Vabadussoja_Ajaloo_Komitee, lk 14
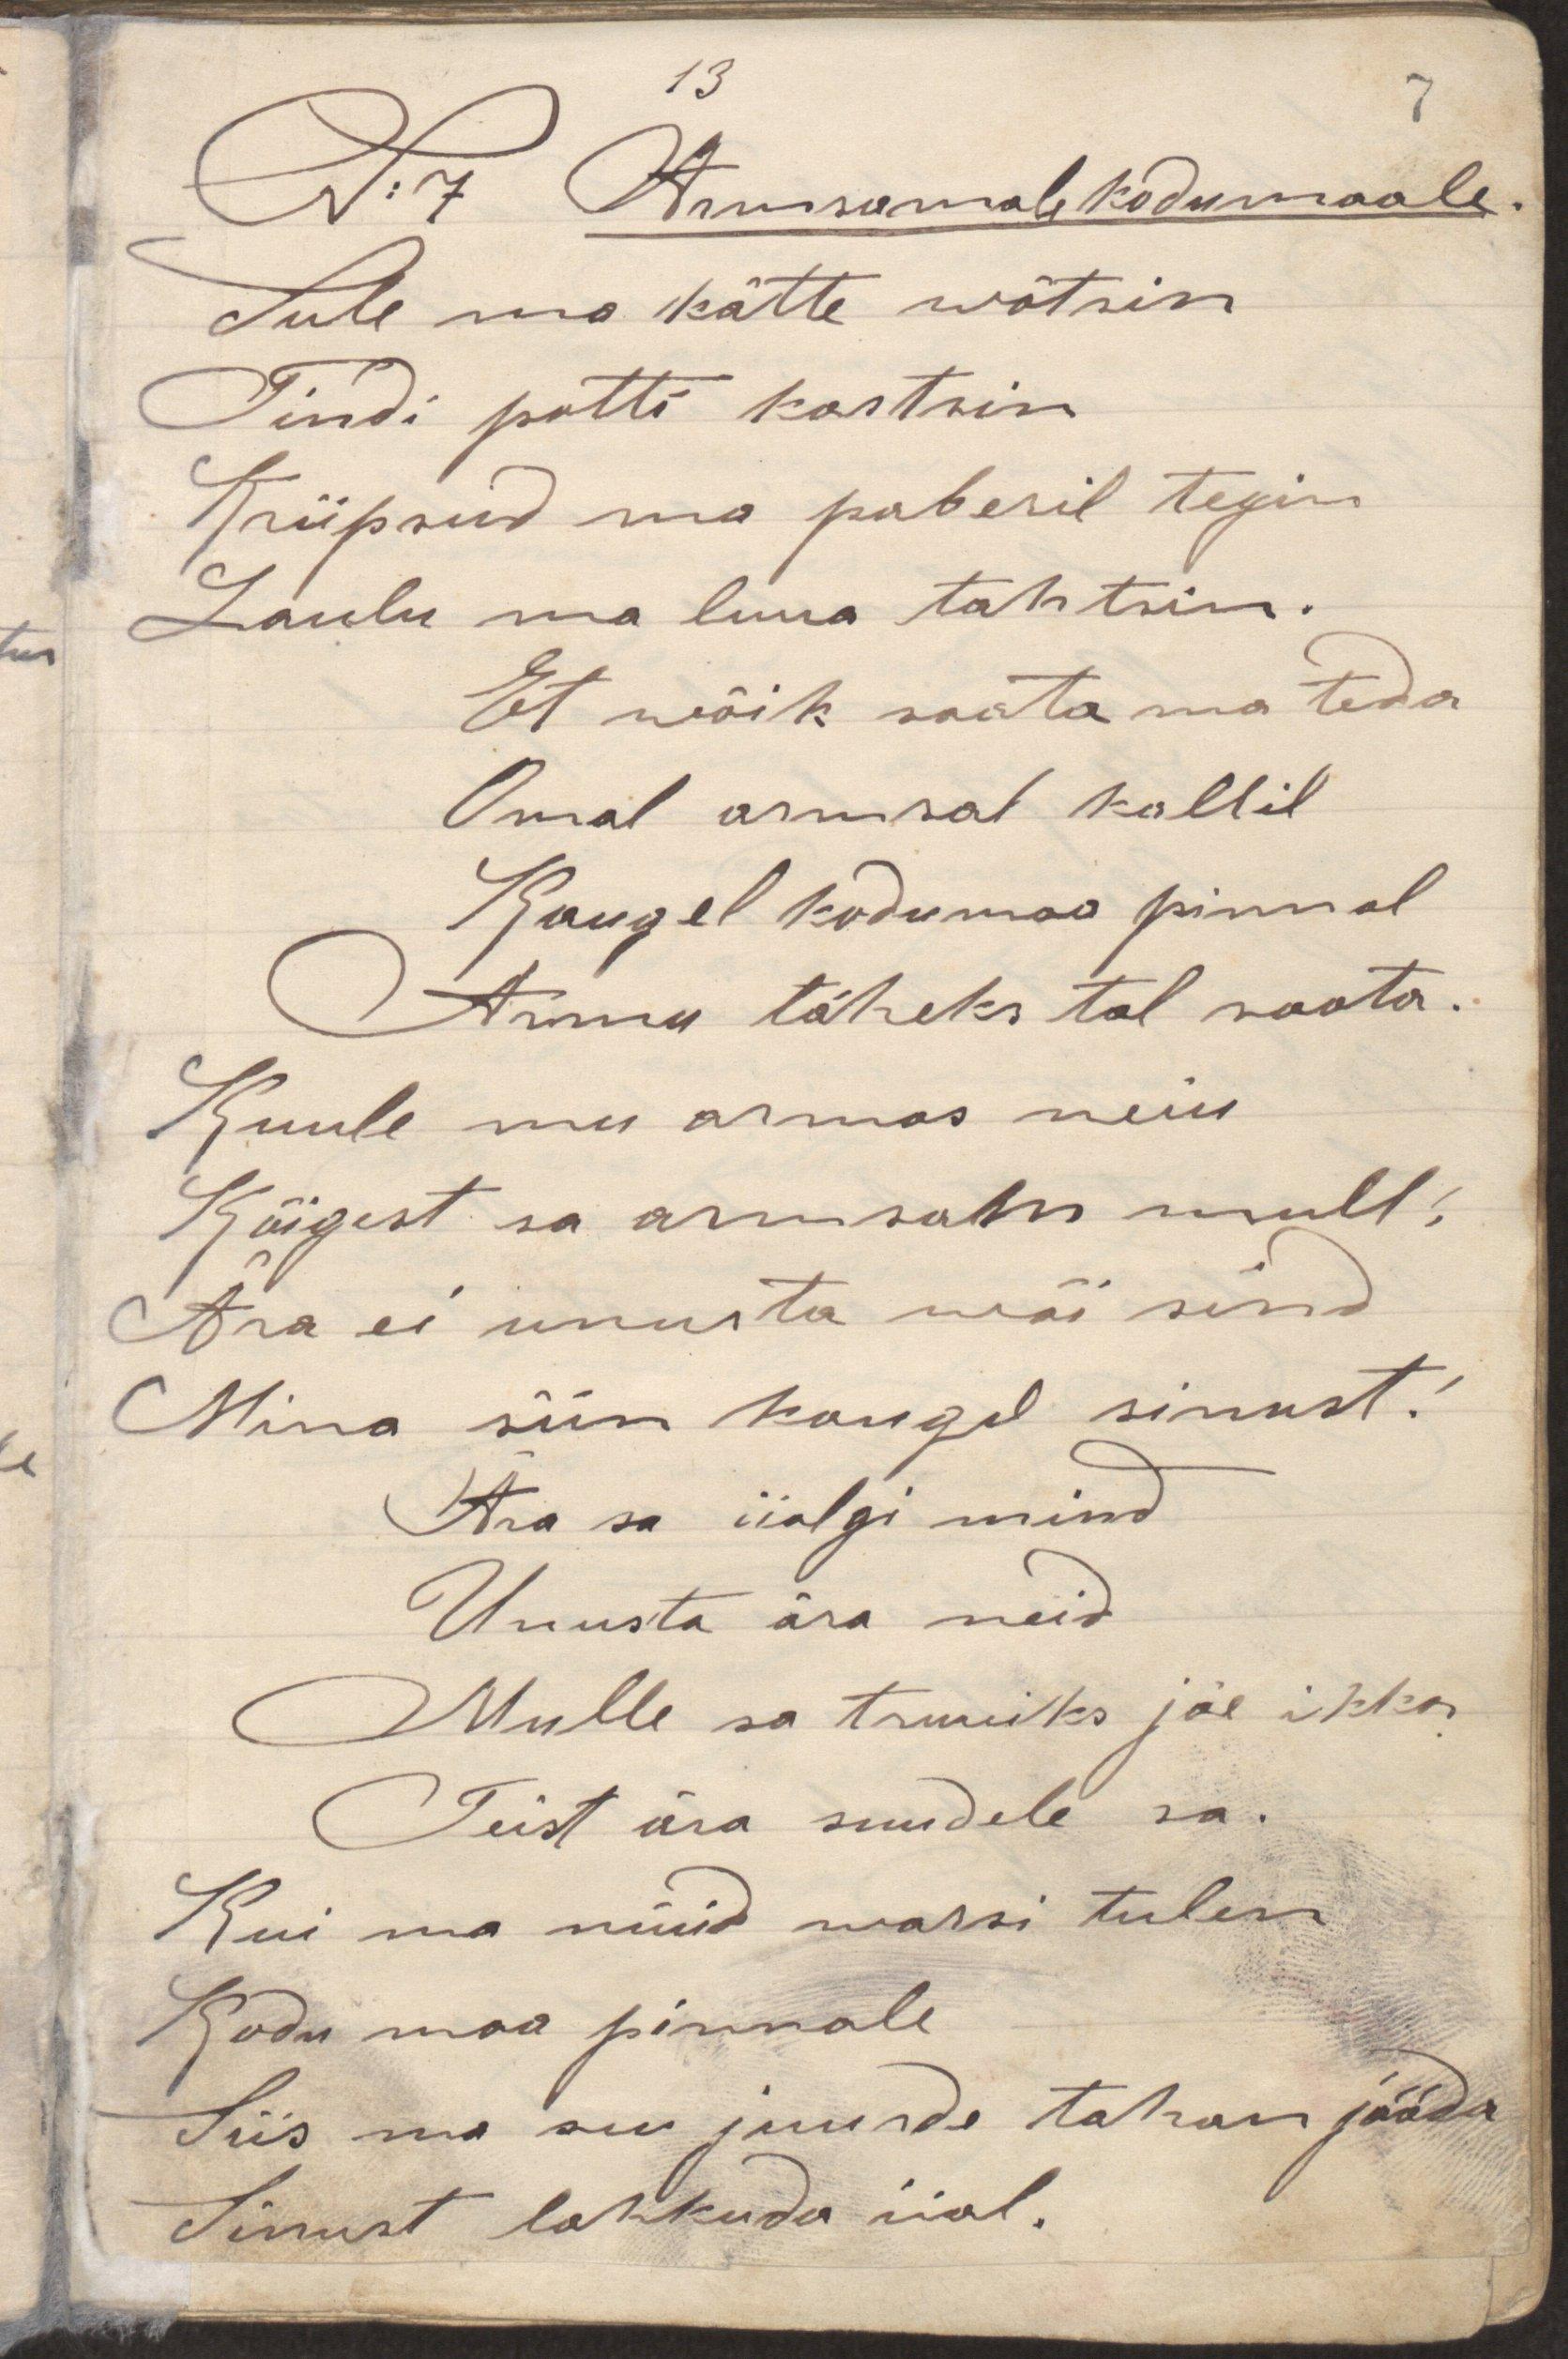
Sule ma kätte wõtsinTindi potti kastsinKriipsud ma paberil teginLaulu ma luua tahtsin.Et wõik saata ma tedaOmal armsal kallilKaugel kodumaa pinnalArmu täheks tal saata.Kuule mu armas neiuKõigest sa armsam mull!Ära ei unusta wõi sindMina siin kaugel sinust!Ära sa iialgi mindUnusta ära neidMulle sa truiks jäe ikkaTeist ära suudele sa.Kui ma nüüd warsi tulenKodu maa pinnaleSiis ma su juurde tahan jääda Sinust lahkuda iial.N:7 Armsamale kodumaale.